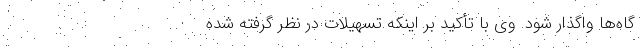
گاه‌ها واگذار شود. وی با تأکید بر اینکه تسهیلات در نظر گرفته ‌شده